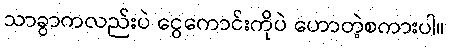
သာခွာကလည်းပဲ ငွေကောင်းကိုပဲ ဟောတဲ့စကားပါ။